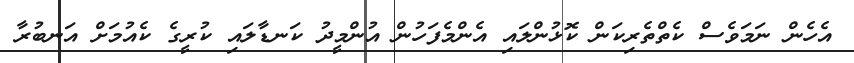
އެހެން ނަމަވެސް ކެތްތެރިކަން ކޮޅުންލައި އެންމެފަހުން އުންމީދު ކަނޑާލައި ކުރީގެ ކެއުމަށް އަނބުރާ